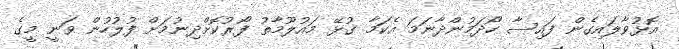
އޮޅުވާލައިގެން ފައިސާ ހޯދަމުންދާނަމަ އެކަމާ ގުޅޭ މައުލޫމާތު ފޯރުކޮށްދިނުމަށް ފުލުހުން ވަނީ މީގެ